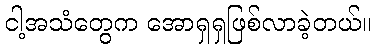
ငါ့အသံတွေက အောရှရှဖြစ်လာခဲ့တယ်။